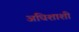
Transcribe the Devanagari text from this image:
अधिशाशी